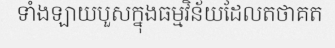
ទាំងឡាយបួសក្នុងធម្មវិន័យដែលតថាគត